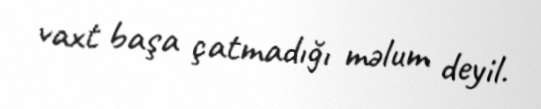
vaxt başa çatmadığı məlum deyil.